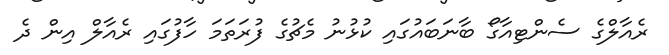
ރެއާލްގެ ސެންޓިއާގޯ ބާނަބައުގައި ކުޅުނު މެޗުގެ ފުރަތަމަ ހާފުގައި ރެއާލް އިން ދެ